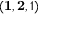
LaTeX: ( \mathbf { 1 } , \mathbf { 2 } , 1 )